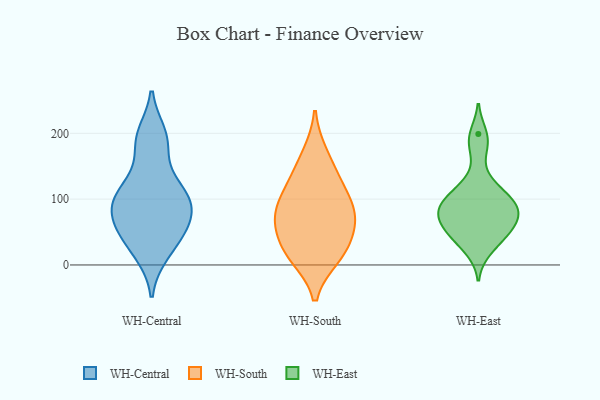
{"axis": {"x": "Inventory Turnover", "y": "Value"}, "legend": ["WH-Central", "WH-East", "WH-South"], "data": [{"x": "", "y": 67, "type": "WH-Central"}, {"x": "", "y": 92, "type": "WH-Central"}, {"x": "", "y": 100, "type": "WH-Central"}, {"x": "", "y": 124, "type": "WH-Central"}, {"x": "", "y": 102, "type": "WH-Central"}, {"x": "", "y": 58, "type": "WH-Central"}, {"x": "", "y": 17, "type": "WH-Central"}, {"x": "", "y": 43, "type": "WH-Central"}, {"x": "", "y": 182, "type": "WH-Central"}, {"x": "", "y": 198, "type": "WH-Central"}, {"x": "", "y": 27, "type": "WH-South"}, {"x": "", "y": 14, "type": "WH-South"}, {"x": "", "y": 79, "type": "WH-South"}, {"x": "", "y": 118, "type": "WH-South"}, {"x": "", "y": 12, "type": "WH-South"}, {"x": "", "y": 135, "type": "WH-South"}, {"x": "", "y": 74, "type": "WH-South"}, {"x": "", "y": 49, "type": "WH-South"}, {"x": "", "y": 168, "type": "WH-South"}, {"x": "", "y": 96, "type": "WH-South"}, {"x": "", "y": 70, "type": "WH-South"}, {"x": "", "y": 77, "type": "WH-East"}, {"x": "", "y": 92, "type": "WH-East"}, {"x": "", "y": 80, "type": "WH-East"}, {"x": "", "y": 92, "type": "WH-East"}, {"x": "", "y": 46, "type": "WH-East"}, {"x": "", "y": 69, "type": "WH-East"}, {"x": "", "y": 68, "type": "WH-East"}, {"x": "", "y": 179, "type": "WH-East"}, {"x": "", "y": 52, "type": "WH-East"}, {"x": "", "y": 42, "type": "WH-East"}, {"x": "", "y": 107, "type": "WH-East"}, {"x": "", "y": 22, "type": "WH-East"}, {"x": "", "y": 128, "type": "WH-East"}, {"x": "", "y": 199, "type": "WH-East"}, {"x": "", "y": 103, "type": "WH-East"}]}